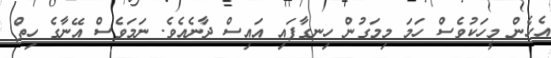
އެހެން މީހަކުވެސް ހަމަ މިމަގުން ހިނގާފައި އައިސް ދާނެއެވެ. ނަމަވެސް އޭނާގެ ހިތް